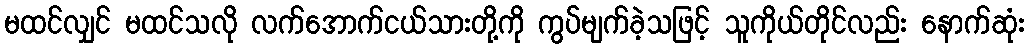
မထင်လျှင် မထင်သလို လက်အောက်ငယ်သားတို့ကို ကွပ်မျက်ခဲ့သဖြင့် သူကိုယ်တိုင်လည်း နောက်ဆုံး